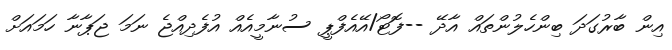
އިން ބާރުގަދަ ބިންހެލުންތައް އާދޭ --ފޮޓޯ/އޭއެފްޕީ ސުނާމީއެއް އުފެދިއްޖެ ނަމަ ޖަޕާނާ ހަމައަށް